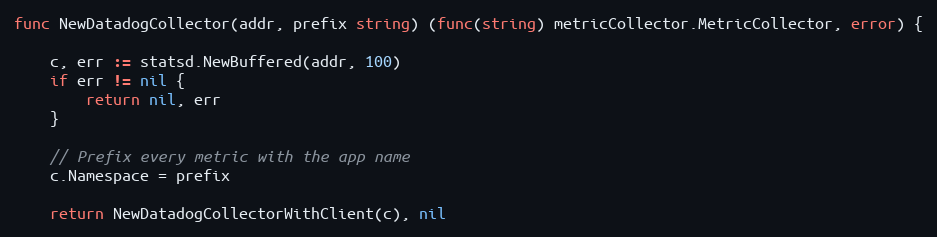
Language: Go
func NewDatadogCollector(addr, prefix string) (func(string) metricCollector.MetricCollector, error) {

	c, err := statsd.NewBuffered(addr, 100)
	if err != nil {
		return nil, err
	}

	// Prefix every metric with the app name
	c.Namespace = prefix

	return NewDatadogCollectorWithClient(c), nil